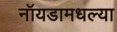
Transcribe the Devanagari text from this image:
नॉयडामधल्या